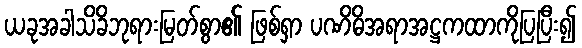
ယခုအခါသိခိဘုရားမြတ်စွာ၏ ဖြစ်ရှာ ပဏိဓိအရာအဋ္ဌကထာကိုပြပြီး၍